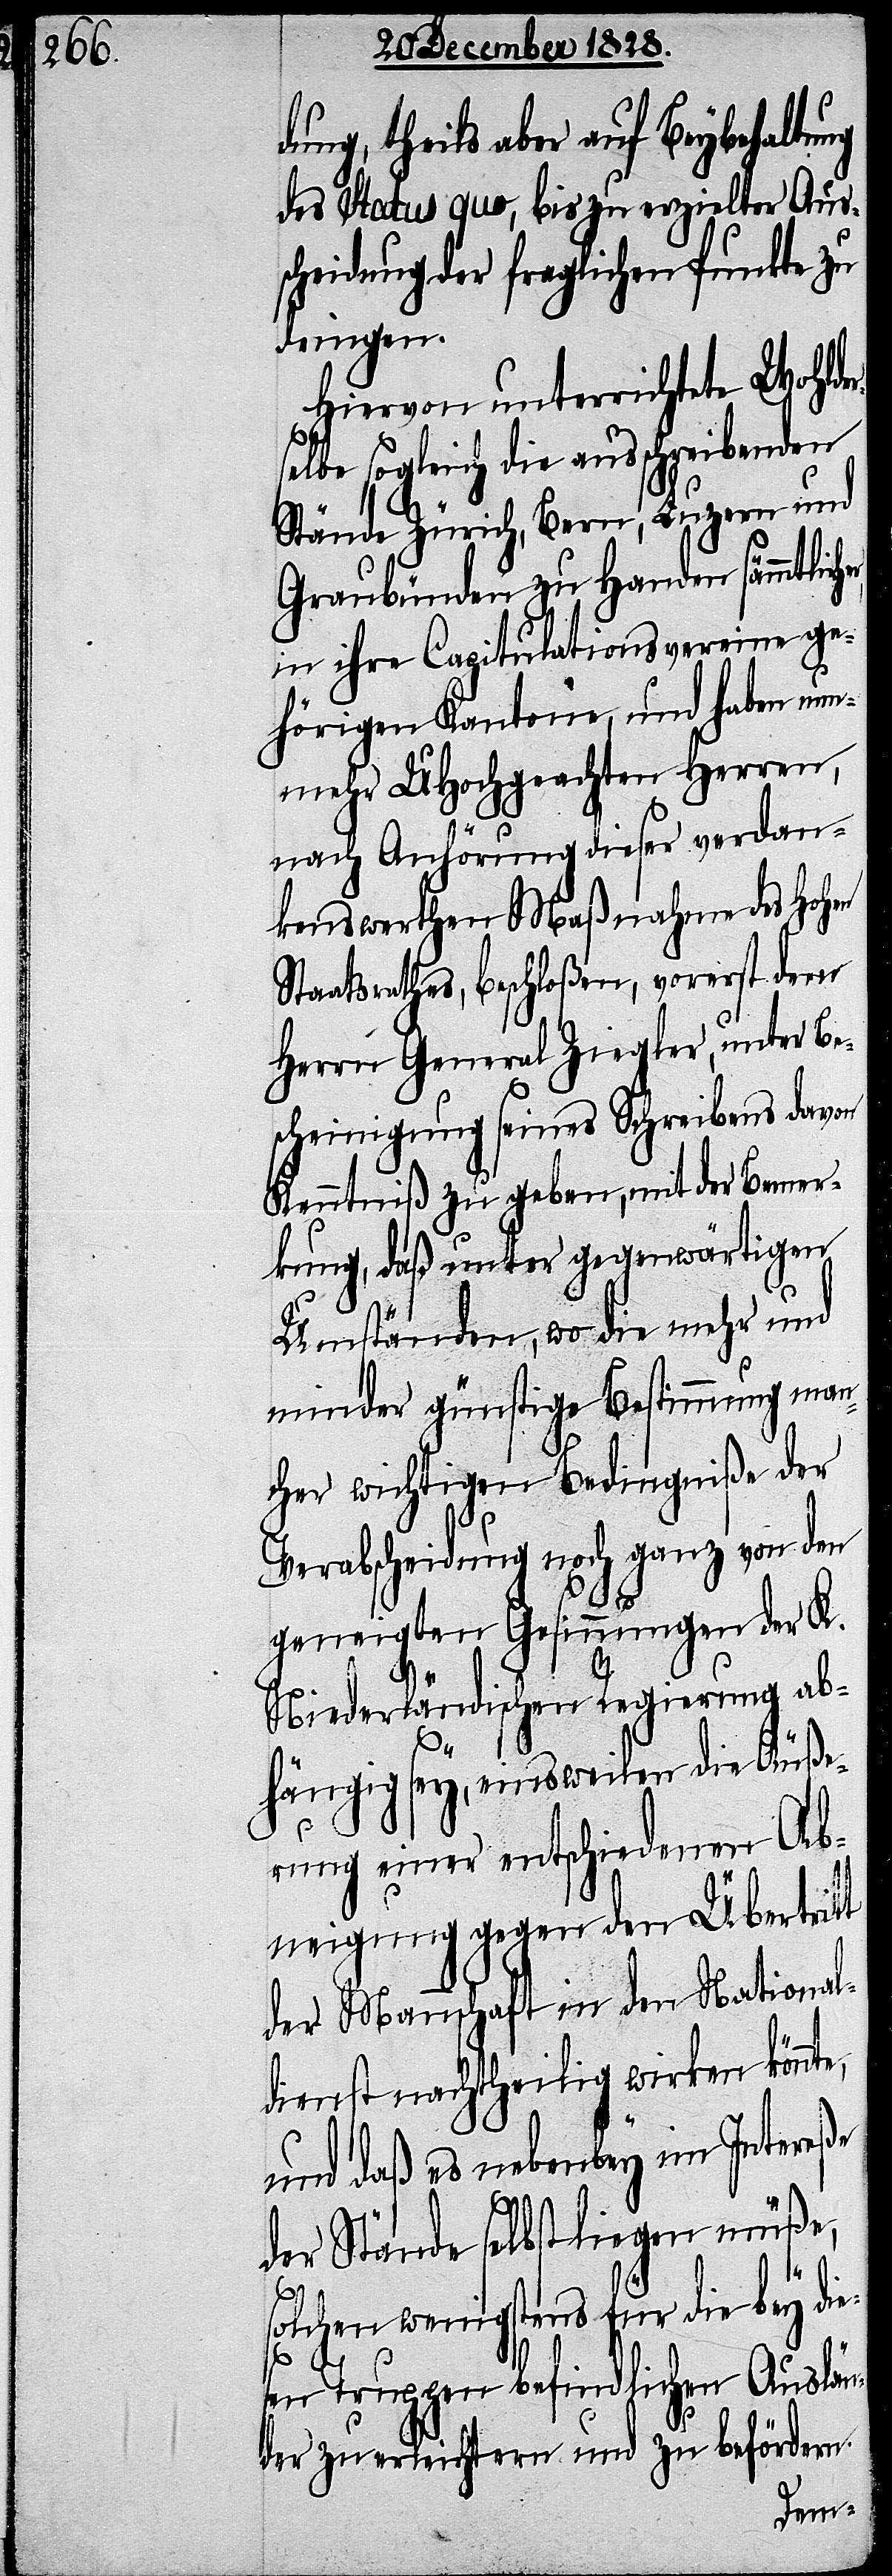
dung, theils aber auf Beybehaltung
des status quo, bis zu erzielter Aus¬
scheidung der fraglichen Punkte zu
dringen.
Hiervon unterrichtete Wohlder¬
selbe sogleich die ausschreibenden
Stände Zürich, Bern, Luzern und
Graubünden zu Handen sämmtliche¬
in ihre Capitulationsvereine ge¬
hörigen Kantone, und haben nun¬
mehr UHochgeachten Herren,
nach Anhörung dieser verdan¬
keswerthen Maßnahme des Hohen
Staatsrathes, beschloßen, vorerst dem
Herrn General Ziegler, unter Be¬
scheinigung seines Schreibens davon
Kenntniß zu geben, mit der Bemer¬
kung, daß unter gegenwärtigen
Umständen, wo die mehr und
minder günstige Bestimmung man¬
cher wichtigen Bedingniße der
te,
Verabscheidung noch ganz von den
geneigten Gesinnungen der K.
Niederländischen Regierung ab¬
hängig sey, einsweilen die Äuße¬
r,
rung einer entschiedenen Ab¬
neigung gegen den Übertritt
der Mannschaft in den National¬
dienst nachtheilig wirken könn¬
und daß es nebenbey im Intereße
der Stände selbst liegen müße,
solchen wenigstens für die bey die¬
sen Truppen befindlichen Auslän¬
der zu erleichtern und zu befördern.